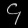
Digit: ၄